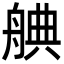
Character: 𮎒